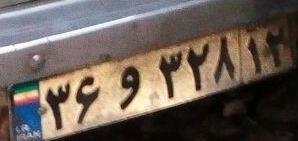
۳۶و۳۲۸۱۲